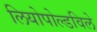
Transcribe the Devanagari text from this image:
लियोपोल्डविले